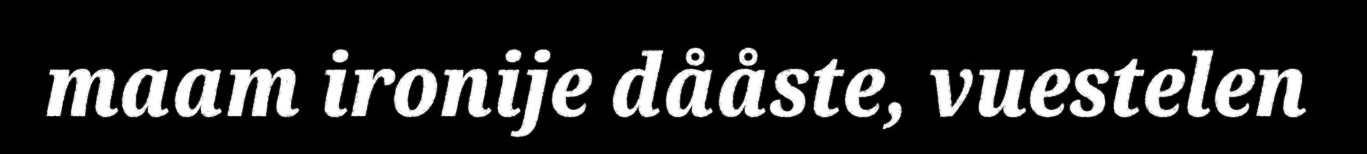
maam ironije dååste, vuestelen